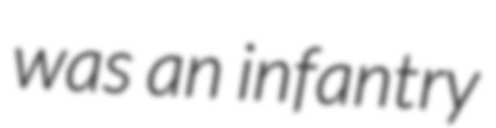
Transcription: was an infantry